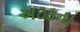
અટકના